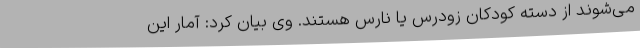
می‌شوند از دسته کودکان زودرس یا نارس هستند. وی بیان کرد: آمار این